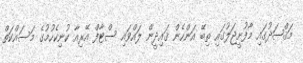
މަޤްޞަދުގައި މާފުށީޖަލުގައި ތިބޭ އަންހެން ޤައިދީން ލައްވައި ސްޓާފް އޭރިއާ ކުނިކެހުމުގެ މަސައްކަތް